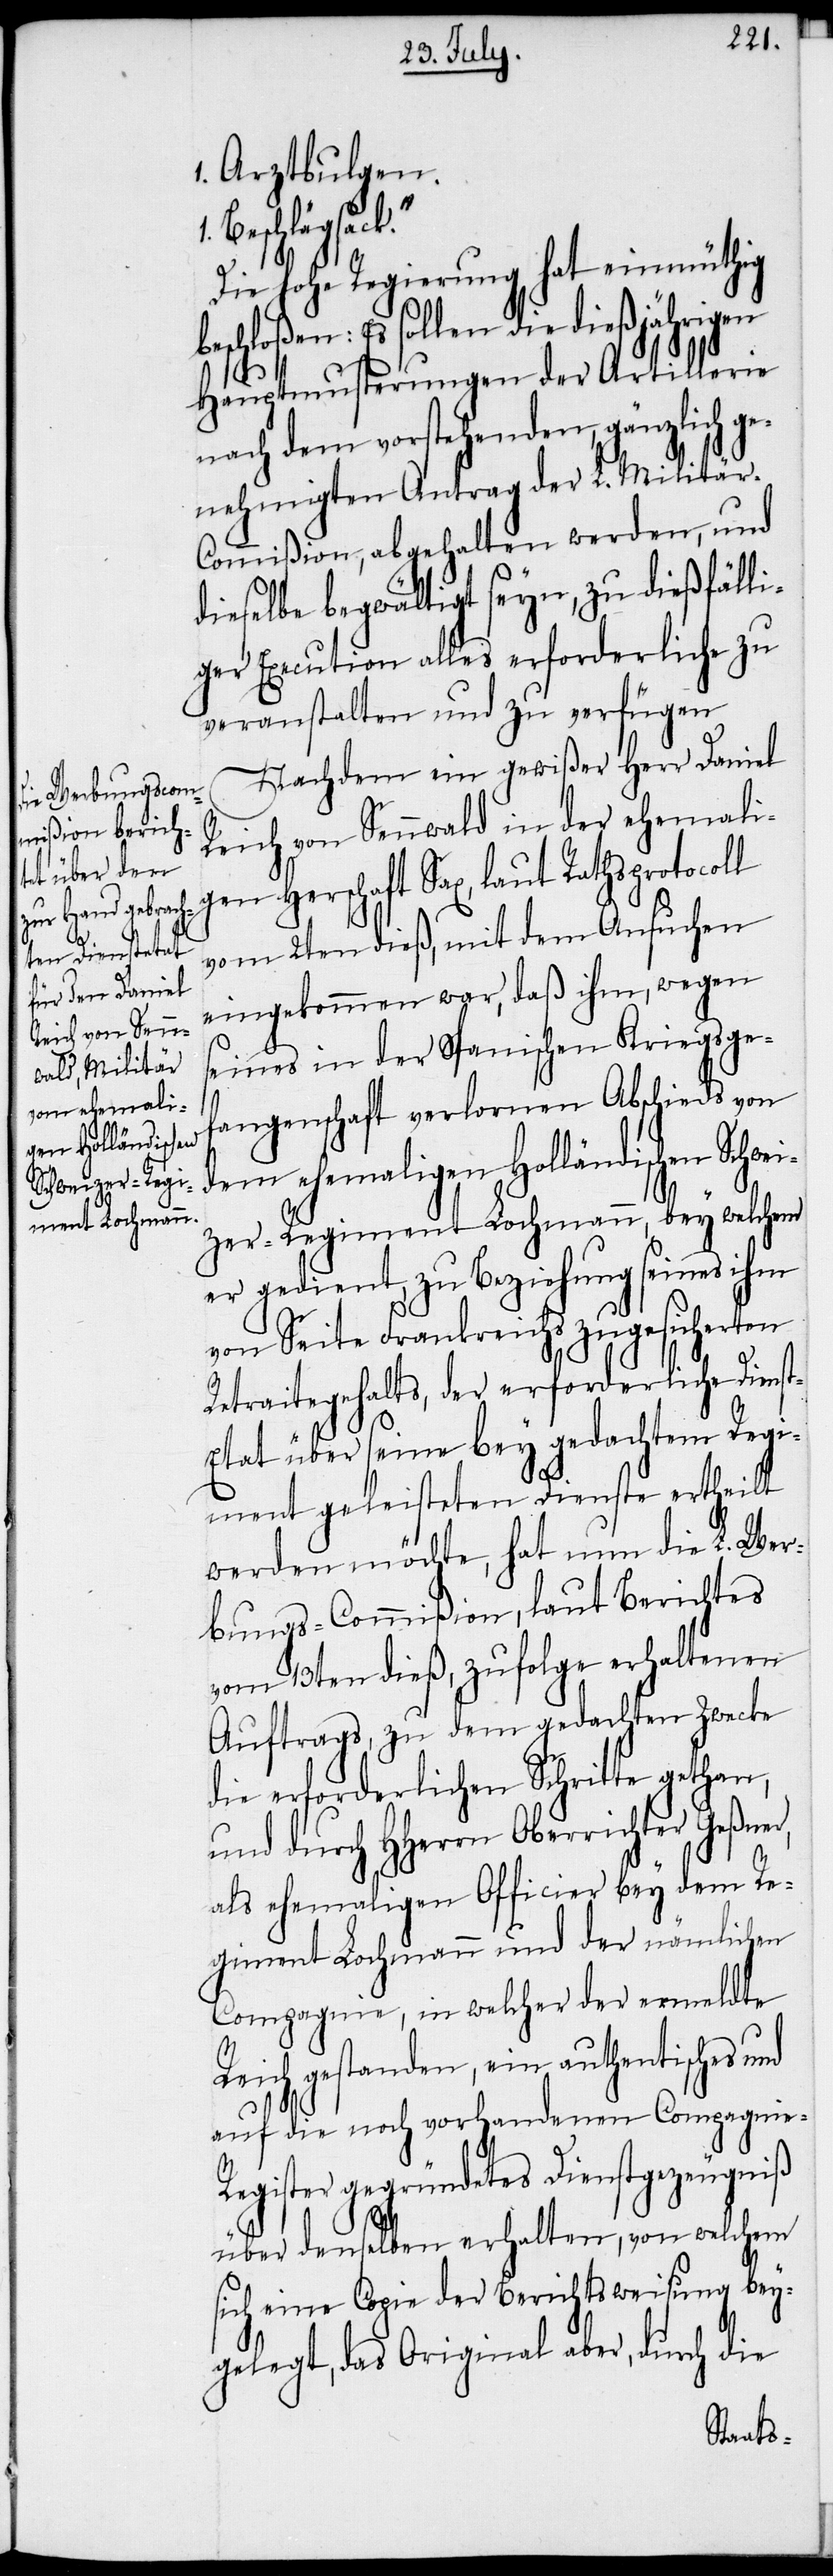
k.“
1. Arztbulgen.
Schwei¬
Die hohe Regierung hat einmüthig
sollen die dießjährigen
Hauptmusterungen der Artillerie
nach dem vorstehenden, gänzlich ge¬
nehmigten Antrag der L. Militär-C¬
ommißion, abgehalten werden, und
dieselbe begwältigt seyn, zu dießfälli¬
ger Execution alles erforderliche zu
veranstalten und zu verfügen.
Nachdem ein gewißer Herr Daniel
Reich von Sennwald in der ehemali¬
gen Herschaft Sax, laut Rathsprotcoll
vom 2ten dieß, mit dem Ansuchen
eingekommen war, daß ihm, wegen
seines in der Spanischen Kriegsge¬
fangenschaft verlornen Abschieds von
dem ehemaligen Holländischen
zer-Regiment Lochmann, bey welchem
er gedient, zu Beziehung seines ihm
von Seite Frankreichs zugesicherten
Retraitegehalts, der erforderliche Diens¬
t-Etat über seine bey gedachtem Regi¬
ment geleisteten Dienste ertheilt
werden möchte, hat nun die L. Wer¬
bungs-Commißion, laut Berichtes
vom 13ten dieß, zufolge erhaltenen
Auftrags, zu dem gedachten Zwecke
die erforderlichen Schritte gethan,
und durch HHerrn Oberrichter Geßner,
als ehemaligen Officier bey dem Re¬
giment Lochmann und der nämlichen
Compagnie, in welcher der ermeldte
Reich gestanden, ein authentisches und
auf die noch vorhandenen Compagnie-R¬
egister gegründetes Dienstgezeugniß
über denselben erhalten, von welchem
sich eine Copie der Berichtsweisung bey¬
gelegt, das Original aber, durch die